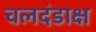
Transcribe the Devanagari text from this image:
चलदंडाक्ष